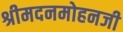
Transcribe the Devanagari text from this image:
श्रीमदनमोहनजी